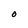
Character: O